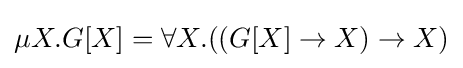
\mu X.G[X]=\forall X.((G[X]\to X)\to X)